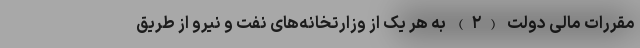
مقررات مالی دولت (۲) به هر یک از وزارتخانه‌های نفت و نیرو از طریق